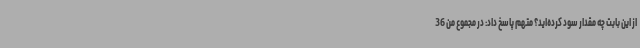
از این بابت چه مقدار سود کرده‌اید؟ متهم پاسخ داد: در مجموع من 36